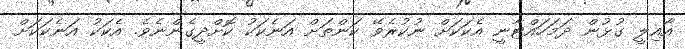
އާއިލީ ގުޅުން ދަމަހައްޓާނީ އެކަކަށް ނުކުރެވޭ ކަންތަށް އަނެކަކު ކޮށްދީގެންނެވެ. އެކަކު އަނެކަކަށް